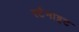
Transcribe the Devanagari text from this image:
स्टैनाइट